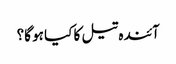
آئندہ تیل کا کیا ہو گا؟